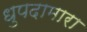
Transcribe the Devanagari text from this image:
धुपदामारा